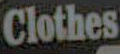
Clothes